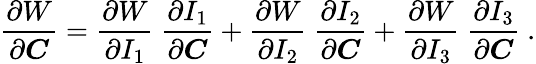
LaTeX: {\frac{\partial W}{\partial{\boldsymbol{C}}}}={\frac{\partial W}{\partial I_{1}}}~{\frac{\partial I_{1}}{\partial{\boldsymbol{C}}}}+{\frac{\partial W}{\partial I_{2}}}~{\frac{\partial I_{2}}{\partial{\boldsymbol{C}}}}+{\frac{\partial W}{\partial I_{3}}}~{\frac{\partial I_{3}}{\partial{\boldsymbol{C}}}}~.